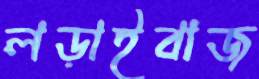
লড়াইবাজ